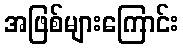
အဖြစ်များကြောင်း